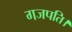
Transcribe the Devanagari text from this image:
गजपति।